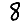
Digit: 8